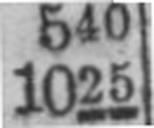
1025